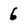
Character: 6